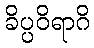
ခိပ္ပဝိရာဂိ